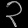
Digit: ၃